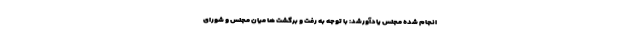
انجام شده مجلس یادآورشد: با توجه به رفت و برگشت ها میان مجلس و شورای